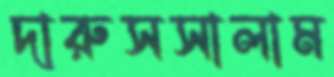
দারুসসালাম